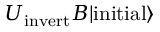
U _ { \mathrm { i n v e r t } } B | \mathrm { i n i t i a l } \rangle